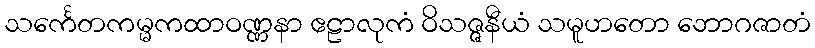
သင်္ကေတကမ္မကထာဝဏ္ဏနာ ဧဠာလုကံ ဝိသဇ္ဇနီယံ သမူဟတော ဘောဂဇာတံ